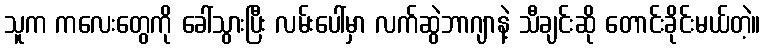
သူက ကလေးတွေကို ခေါ်သွားပြီး လမ်းပေါ်မှာ လက်ဆွဲဘာဂျာနဲ့ သီချင်းဆို တောင်းခိုင်းမယ်တဲ့။